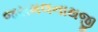
જસમલનાથજી